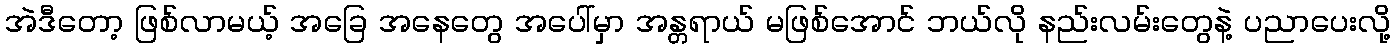
အဲဒီတော့ ဖြစ်လာမယ့် အခြေ အနေတွေ အပေါ်မှာ အန္တရာယ် မဖြစ်အောင် ဘယ်လို နည်းလမ်းတွေနဲ့ ပညာပေးလို့